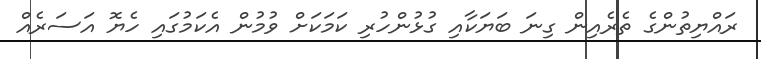
ރައްޔިތުންގެ ތެރެއިން ގިނަ ބަޔަކާއި ގުޅުންހުރި ކަމަކަށް ވުމުން އެކަމުގައި ހެޔޮ އަސަރެއް